Vaccination in the Punjab 1905-1918 - 1905-1918
Year: 1905
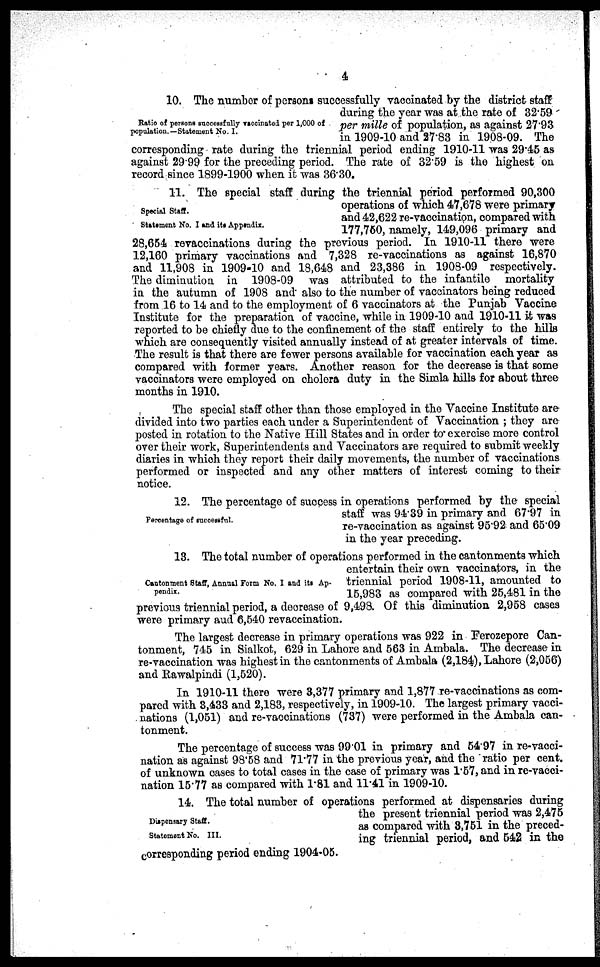
4
Ratio of persona Successfully vaccinated per 1,000 of
population.—Statement No. I.
10. The number of persons successfully vaccinated by the district staff
during the year was at the rate of 32.59
per mille of population, as against 27.93
in 1909-10 and 27.83 in 1908-09. The
corresponding rate during the triennial period ending 1910-11 was 29.45 as
against 29.99 for the preceding period. The rate of 32.59 is the highest on
record since 1899-1900 when it was 36.30.
Special Staff.
Statement No. I and its Appendix.
11. The special staff during the triennial period performed 90,300
operations of which 47,678 were primary
and 42,622 re-vaccination, compared with
177,750, namely, 149,096 primary and
28,654 revaccinations during the previous period. In 1910-11 there were
12,160 primary vaccinations and 7,328 re-vaccinations as against 16,870
and 11,908 in 1909-10 and 18,648 and 23,386 in 1908-09 respectively.
The diminution in 1908-09 was attributed to the infantile mortality
in the autumn of 1908 and also to the number of vaccinators being reduced
from 16 to 14 and to the employment of 6 vaccinators at the Punjab Vaccine
Institute for the preparation of vaccine, while in 1909-10 and 1910-11 it was
reported to be chiefly due to the confinement of the staff entirely to the hills
which are consequently visited annually instead of at greater intervals of time.
The result is that there are fewer persons available for vaccination each year as
compared with former years. Another reason for the decrease is that some
vaccinators were employed on cholera duty in the Simla hills for about three
months in 1910.
The special staff other than those employed in the Vaccine Institute are-
divided into two parties each under a Superintendent of Vaccination ; they are
posted in rotation to the Native Hill States and in order to exercise more control
over their work, Superintendents and Vaccinators are required to submit weekly
diaries in which they report their daily movements, the number of vaccinations
performed or inspected and any other matters of interest coming to their
notice.
Percentage of succesful.
12. The percentage of success in operations performed by the special
staff was 94.39 in primary and 67.97 in
re-vaccination as against 95.92 and 65.09
in the year preceding.
Cantonment Staff, Annual Form No. I and its Ap-
pendix.
13. The total number of operations performed in the cantonments which
entertain their own vaccinators, in the
triennial period 1908-11, amounted to
15,983 as compared with 25,481 in the
previous triennial period, a decrease of 9,498. Of this diminution 2,958 cases
were primary aud 6,540 revaccination.
The largest decrease in primary operations was 922 in Ferozepore Can-
tonment, 745 in Sialkot, 629 in Lahore and 563 in Ambala. The decrease in
re-vaccination was highest in the cantonments of Ambala (2,184), Lahore (2,056)
and Rawalpindi (1,520).
In 1910-11 there were 3,377 primary and 1,877 re-vaccinations as com-
pared with 3,433 and 2,183, respectively, in 1909-10. The largest primary vacci-
nations (1,051) and re-vaccinations (737) were performed in the Ambala can-
tonment.
The percentage of success was 99.01 in primary and 54.97 in re-vacci-
nation as against 98.58 and 71.77 in the previous year, and the ratio per cent,
of unknown cases to total cases in the case of primary was 1.57, and in re-vacci-
nation 15.77 as compared with 1.81 and 11.41 in 1909-10.
Dispensary Staff.
Statement No. III.
14. The total number of operations performed at dispensaries during
the present triennial period was 2,475
as compared with 3,751 in the preced-
ing triennial period, and 542 in the
corresponding period ending 1904-05.